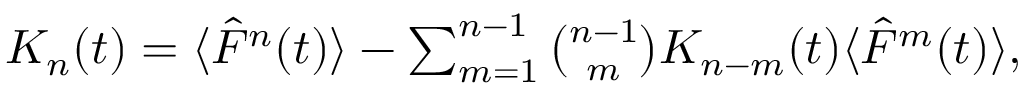
\begin{array} { r } { K _ { n } ( t ) = \langle \hat { F } ^ { n } ( t ) \rangle - \sum _ { m = 1 } ^ { n - 1 } { \binom { n - 1 } { m } } K _ { n - m } ( t ) \langle \hat { F } ^ { m } ( t ) \rangle , } \end{array}